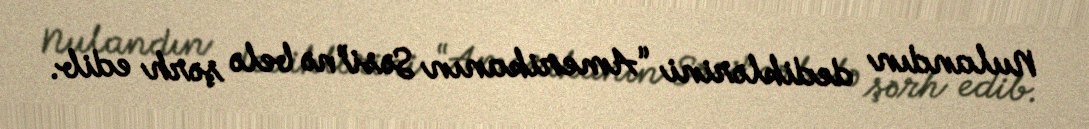
Nulandın dediklərini “Amerikanın Səsi”nə belə şərh edib.